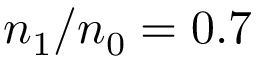
n _ { \mathrm { 1 } } / n _ { \mathrm { 0 } } = 0 . 7